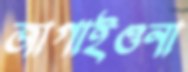
জাগাইওনা